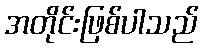
အတိုင်းဖြစ်ပါသည်